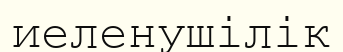
иеленушілік